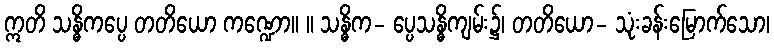
ဣတိ သန္ဓိကပ္ပေ တတိယော ကဏ္ဍော။ ။ သန္ဓိက- ပ္ပေသန္ဓိကျမ်း၌၊ တတိယော- သုံးခန်းမြောက်သော၊